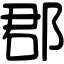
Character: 郡